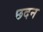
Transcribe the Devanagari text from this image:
छदन